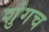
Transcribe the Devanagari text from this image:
शुंगच